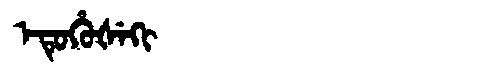
Manchu: ᡝᡨᡠᡥᡠᡧᡝᡴᡳ
Romanization: ETUHUŠEKI